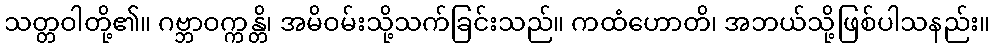
သတ္တဝါတို့၏။ ဂဗ္ဘာဝက္ကန္တိ၊ အမိဝမ်းသို့သက်ခြင်းသည်။ ကထံဟောတိ၊ အဘယ်သို့ဖြစ်ပါသနည်း။